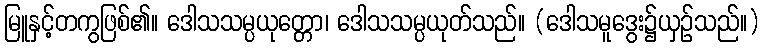
မြူနှင့်တကွဖြစ်၏။ ဒေါသသမ္ပယုတ္တော၊ ဒေါသသမ္ပယုတ်သည်။ (ဒေါသမူဒွေး၌ယှဉ်သည်။)